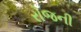
રોજની